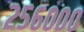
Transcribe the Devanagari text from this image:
२५६०००